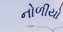
નોળીયો